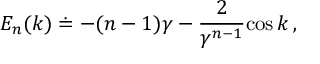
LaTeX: E _ { n } ( k ) \doteq - ( n - 1 ) \gamma - { \frac { 2 } { \gamma \sp { n - 1 } } } \mathrm { c o s } \, k \, ,